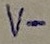
Text: V-